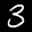
Label: 3